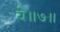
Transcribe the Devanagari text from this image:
ये॥७॥